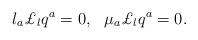
LaTeX: \begin{align*}l_a\pounds_l q^a = 0, \,\,\,\, \mu_a\pounds_l q^a = 0.\end{align*}